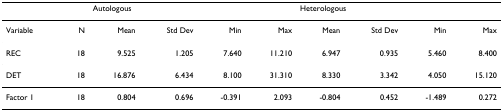
|  |  | <COLSPAN=4> Autologous | <COLSPAN=4> Heterologous |
 | --- | --- | --- | --- | --- | --- | --- | --- | --- | --- |
 | Variable | N | Mean | Std Dev | Min | Max | Mean | Std Dev | Min | Max |
 | REC | 18 | 9.525 | 1.205 | 7.640 | 11.210 | 6.947 | 0.935 | 5.460 | 8.400 |
 | DET | 18 | 16.876 | 6.434 | 8.100 | 31.310 | 8.330 | 3.342 | 4.050 | 15.120 |
 | Factor 1 | 18 | 0.804 | 0.696 | -0.391 | 2.093 | -0.804 | 0.452 | -1.489 | 0.272 |